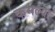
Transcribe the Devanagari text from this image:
कमल्या